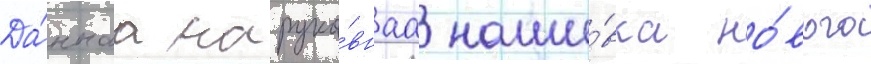
Да́ннаа нарука́внаа наши́вка но́вого